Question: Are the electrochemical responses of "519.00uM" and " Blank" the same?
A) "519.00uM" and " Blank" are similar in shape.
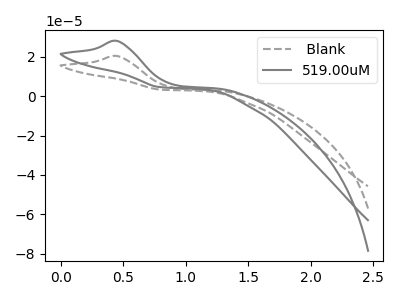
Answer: <think>The gray dashed curve " Blank" has an anodic peak at: (0.45V, 20.35uA). The gray curve "519.00uM" has an anodic peak at: (0.45V, 28.00uA).
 All the peaks in "519.00uM" have a peak in " Blank" at the same potential. Every peak in "519.00uM" is higher than every peak in " Blank".</think>
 <answer>A) "519.00uM" and " Blank" are similar in shape.</answer>
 <eval>A</eval>